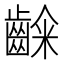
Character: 𮯉